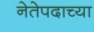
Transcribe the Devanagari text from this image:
नेतेपदाच्या